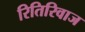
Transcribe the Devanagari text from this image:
रितिरिवाज